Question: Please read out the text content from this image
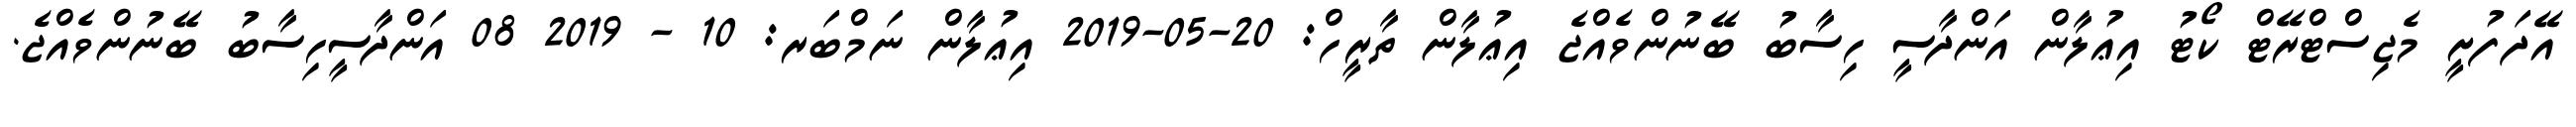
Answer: އޭދަފުށީ މެޖިސްޓްރޭޓް ކޯޓު އިޢުލާން އަންދާސީ ހިސާބު ބޭނުންވެއްޖެ އިޢުލާން ތާރީހް: 20-05-2019 އިޢުލާން ނަމްބަރ: 10 - 2019 08 އަންދާސީހިސާބު ބޭނުންވެއްޖެ.